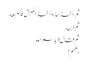
ثم أخذها ، وأخذ الکبشَ فأضجَعَه .
ثم ذبحَه .
ثم قال ( باسمِ اللهِ .
اللهم !